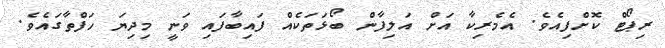
ރިޕޯޓް ކޮށްފިއެވެ. އެމެރިކާ އަށް އަލިފާން ބޯޅަތަކެއް ފައިބާފައި ވަނީ މިދިޔަ ހަފްތާގައެވެ.